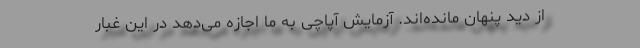
از دید پنهان مانده‌اند. آزمایش آپاچی به ما اجازه می‌دهد در این غبار